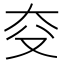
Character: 𪥆